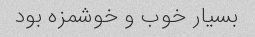
بسیار خوب و خوشمزه بود